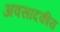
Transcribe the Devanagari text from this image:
अवसादकीय